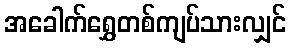
အခေါက်ရွှေတစ်ကျပ်သားလျှင်